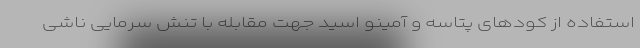
استفاده از کودهای پتاسه و آمینو اسید جهت مقابله با تنش سرمایی ناشی